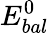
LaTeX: E_{bal}^{0}